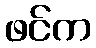
ဖင်က